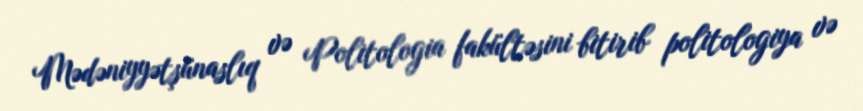
Mədəniyyətşünaslıq və Politologia fakültəsini bitirib politologiya və